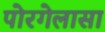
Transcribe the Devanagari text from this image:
पोरगेलासा